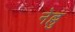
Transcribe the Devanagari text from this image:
नेल्लु